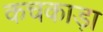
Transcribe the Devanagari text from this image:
कचकाड़ा